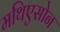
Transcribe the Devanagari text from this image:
मथिएसोन